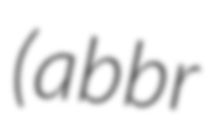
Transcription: (abbr